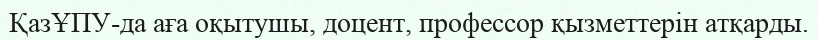
ҚазҰПУ-да аға оқытушы, доцент, профессор қызметтерін атқарды.